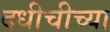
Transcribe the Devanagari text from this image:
दधीचीच्या